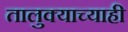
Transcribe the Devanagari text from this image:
तालुक्याच्याही